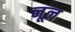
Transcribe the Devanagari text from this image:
नूल